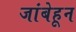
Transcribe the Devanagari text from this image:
जांबेहून